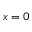
x = 0